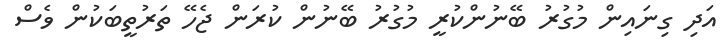
އަދި ގިނައިން މުގުރު ބޭނުންކުރީ މުގުރު ބޭނުން ކުރަން ޖެހޭ ތަރުތީބަކުން ވެސް